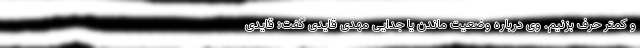
و کمتر حرف بزنیم. وی درباره وضعیت ماندن یا جدایی مهدی قایدی گفت: قایدی